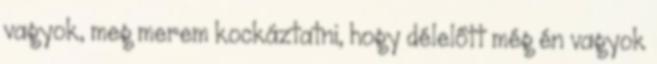
vagyok, meg merem kockáztatni, hogy délelőtt még én vagyok